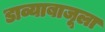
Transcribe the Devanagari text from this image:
डाव्याबाजूला